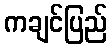
ကချင်ပြည်